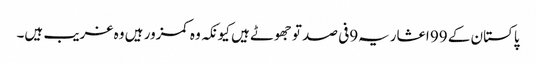
پاکستان کے 99 اعشاریہ9فی صد تو جھوٹے ہیں کیونکہ وہ کمزور ہیں وہ غریب ہیں۔